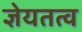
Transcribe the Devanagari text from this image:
ज्ञेयतत्व